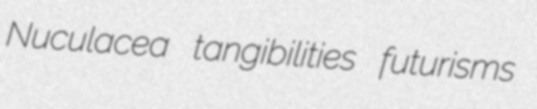
Nuculacea tangibilities futurisms